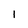
Character: I